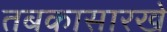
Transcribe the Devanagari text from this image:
तबकासारखे